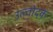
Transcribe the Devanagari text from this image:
उल्वोदक